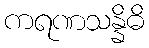
ကရဏသန္နိဓိ